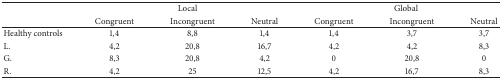
<table><thead><tr><td><b> </b></td><td colspan="3"><b>Local</b></td><td colspan="3"><b>Global</b></td></tr><tr><td><b> </b></td><td><b>Congruent</b></td><td><b>Incongruent</b></td><td><b>Neutral</b></td><td><b>Congruent</b></td><td><b>Incongruent</b></td><td><b>Neutral</b></td></tr></thead><tbody><tr><td>Healthy controls</td><td>1,4</td><td>8,8</td><td>1,4</td><td>1,4</td><td>3,7</td><td>3,7</td></tr><tr><td>L.</td><td>4,2</td><td>20,8</td><td>16,7</td><td>4,2</td><td>4,2</td><td>8,3</td></tr><tr><td>G.</td><td>8,3</td><td>20,8</td><td>4,2</td><td>0</td><td>20,8</td><td>0</td></tr><tr><td>R.</td><td>4,2</td><td>25</td><td>12,5</td><td>4,2</td><td>16,7</td><td>8,3</td></tr></tbody></table>